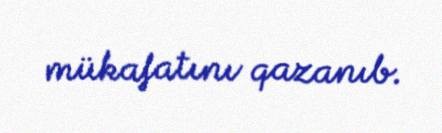
mükafatını qazanıb.